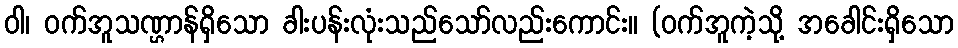
ဝါ၊ ဝက်အူသဏ္ဌာန်ရှိသော ခါးပန်းလုံးသည်သော်လည်းကောင်း။ (ဝက်အူကဲ့သို့ အခေါင်းရှိသော